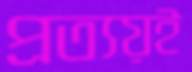
প্রত্যয়ই